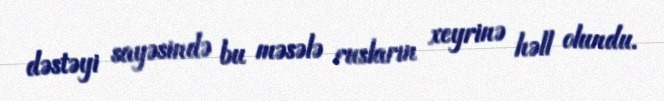
dəstəyi sayəsində bu məsələ rusların xeyrinə həll olundu.